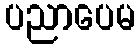
ပညာပေမ